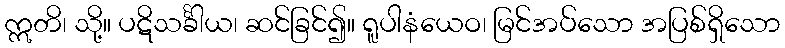
ဣတိ၊ သို့။ ပဋိသင်္ခါယ၊ ဆင်ခြင်၍။ ရူပါနံယေဝ၊ မြင်အပ်သော အပြစ်ရှိသော